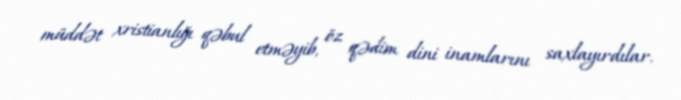
müddət xristianlığı qəbul etməyib, öz qədim dini inamlarını saxlayırdılar.